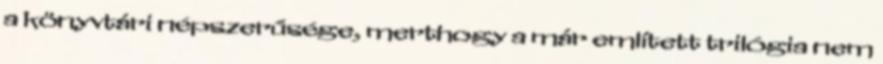
a könyvtári népszerűsége, merthogy a már említett trilógia nem